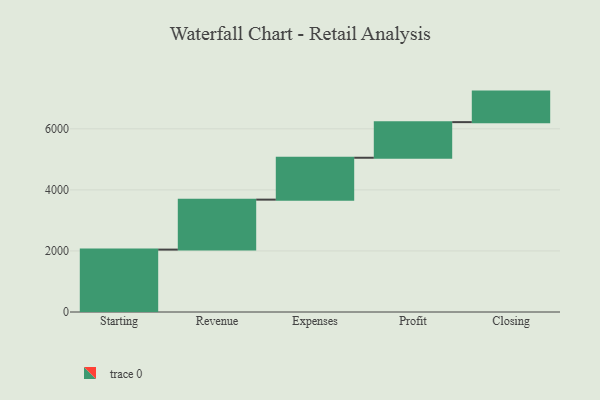
{"axis": {"x": "Step", "y": "Value"}, "legend": [""], "data": [{"x": "Starting", "y": 2044.0, "type": ""}, {"x": "Revenue", "y": 1637.0, "type": ""}, {"x": "Expenses", "y": 1372.0, "type": ""}, {"x": "Profit", "y": 1167.0, "type": ""}, {"x": "Closing", "y": 1000, "type": ""}]}